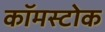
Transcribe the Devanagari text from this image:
कॉमस्टोक